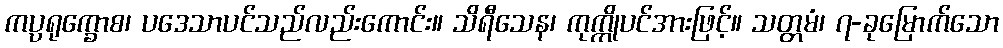
ကပ္ပရုက္ခောစ၊ ပဒေသာပင်သည်လည်းကောင်း။ သိရီသေန၊ ကုက္ကိုပင်အားဖြင့်။ သတ္တမံ၊ ၇-ခုမြောက်သော